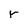
Character: r